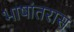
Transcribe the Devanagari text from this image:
भाषांतरास